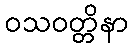
ဝသဝတ္တိနာ